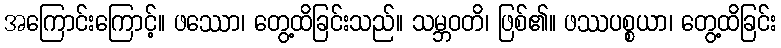
အကြောင်းကြောင့်။ ဖဿော၊ တွေ့ထိခြင်းသည်။ သမ္ဘဝတိ၊ ဖြစ်၏။ ဖဿပစ္စယာ၊ တွေ့ထိခြင်း